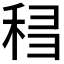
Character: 𰨨